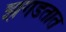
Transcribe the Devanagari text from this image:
झगडतात